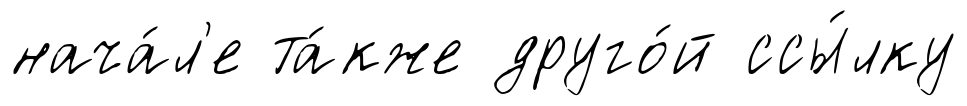
нача́л'е та́кже друго́й ссы́лку